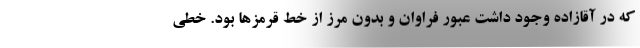
که در آقازاده وجود داشت عبور فراوان و بدون مرز از خط قرمزها بود. خطی